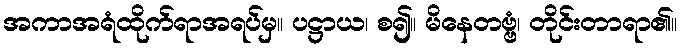
အကာအရံထိုက်ရာအရပ်မှ။ ပဋ္ဌာယ၊ စ၍။ မိနေတဗ္ဗံ၊ တိုင်းတာရာ၏။